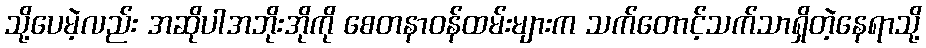
သို့ပေမဲ့လည်း အဆိုပါအဘိုးအိုကို စေတနာဝန်ထမ်းများက သက်တောင့်သက်သာရှိတဲ့နေရာသို့